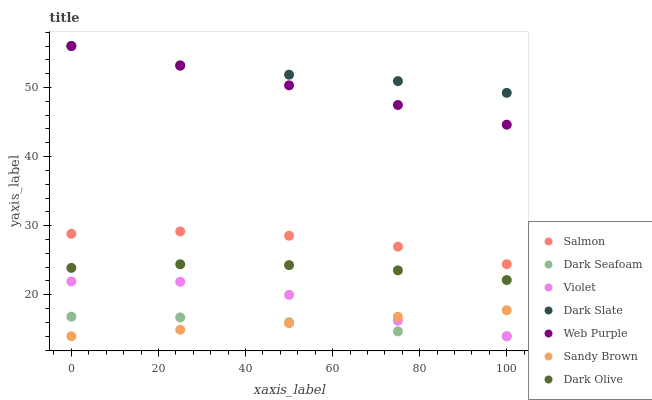
| xaxis_label | Salmon | Dark Seafoam | Violet | Dark Slate | Web Purple | Sandy Brown | Dark Olive |
 | --- | --- | --- | --- | --- | --- | --- | --- |
 | 0 | 28.8 | 16.8 | 21.9 | 56 | 56 | 14 | 23.9 |
 | 25 | 29.2 | 16.7 | 21.9 | 53.2 | 53.2 | 14.9 | 24.4 |
 | 50 | 28.5 | 16 | 20 | 51.8 | 50.3 | 15.9 | 24.3 |
 | 75 | 27 | 14.7 | 16.2 | 50.9 | 47.5 | 16.8 | 23.5 |
 | 100 | 24.4 | 14 | 14 | 49.2 | 44.6 | 17.8 | 22.1 |